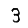
Digit: 3